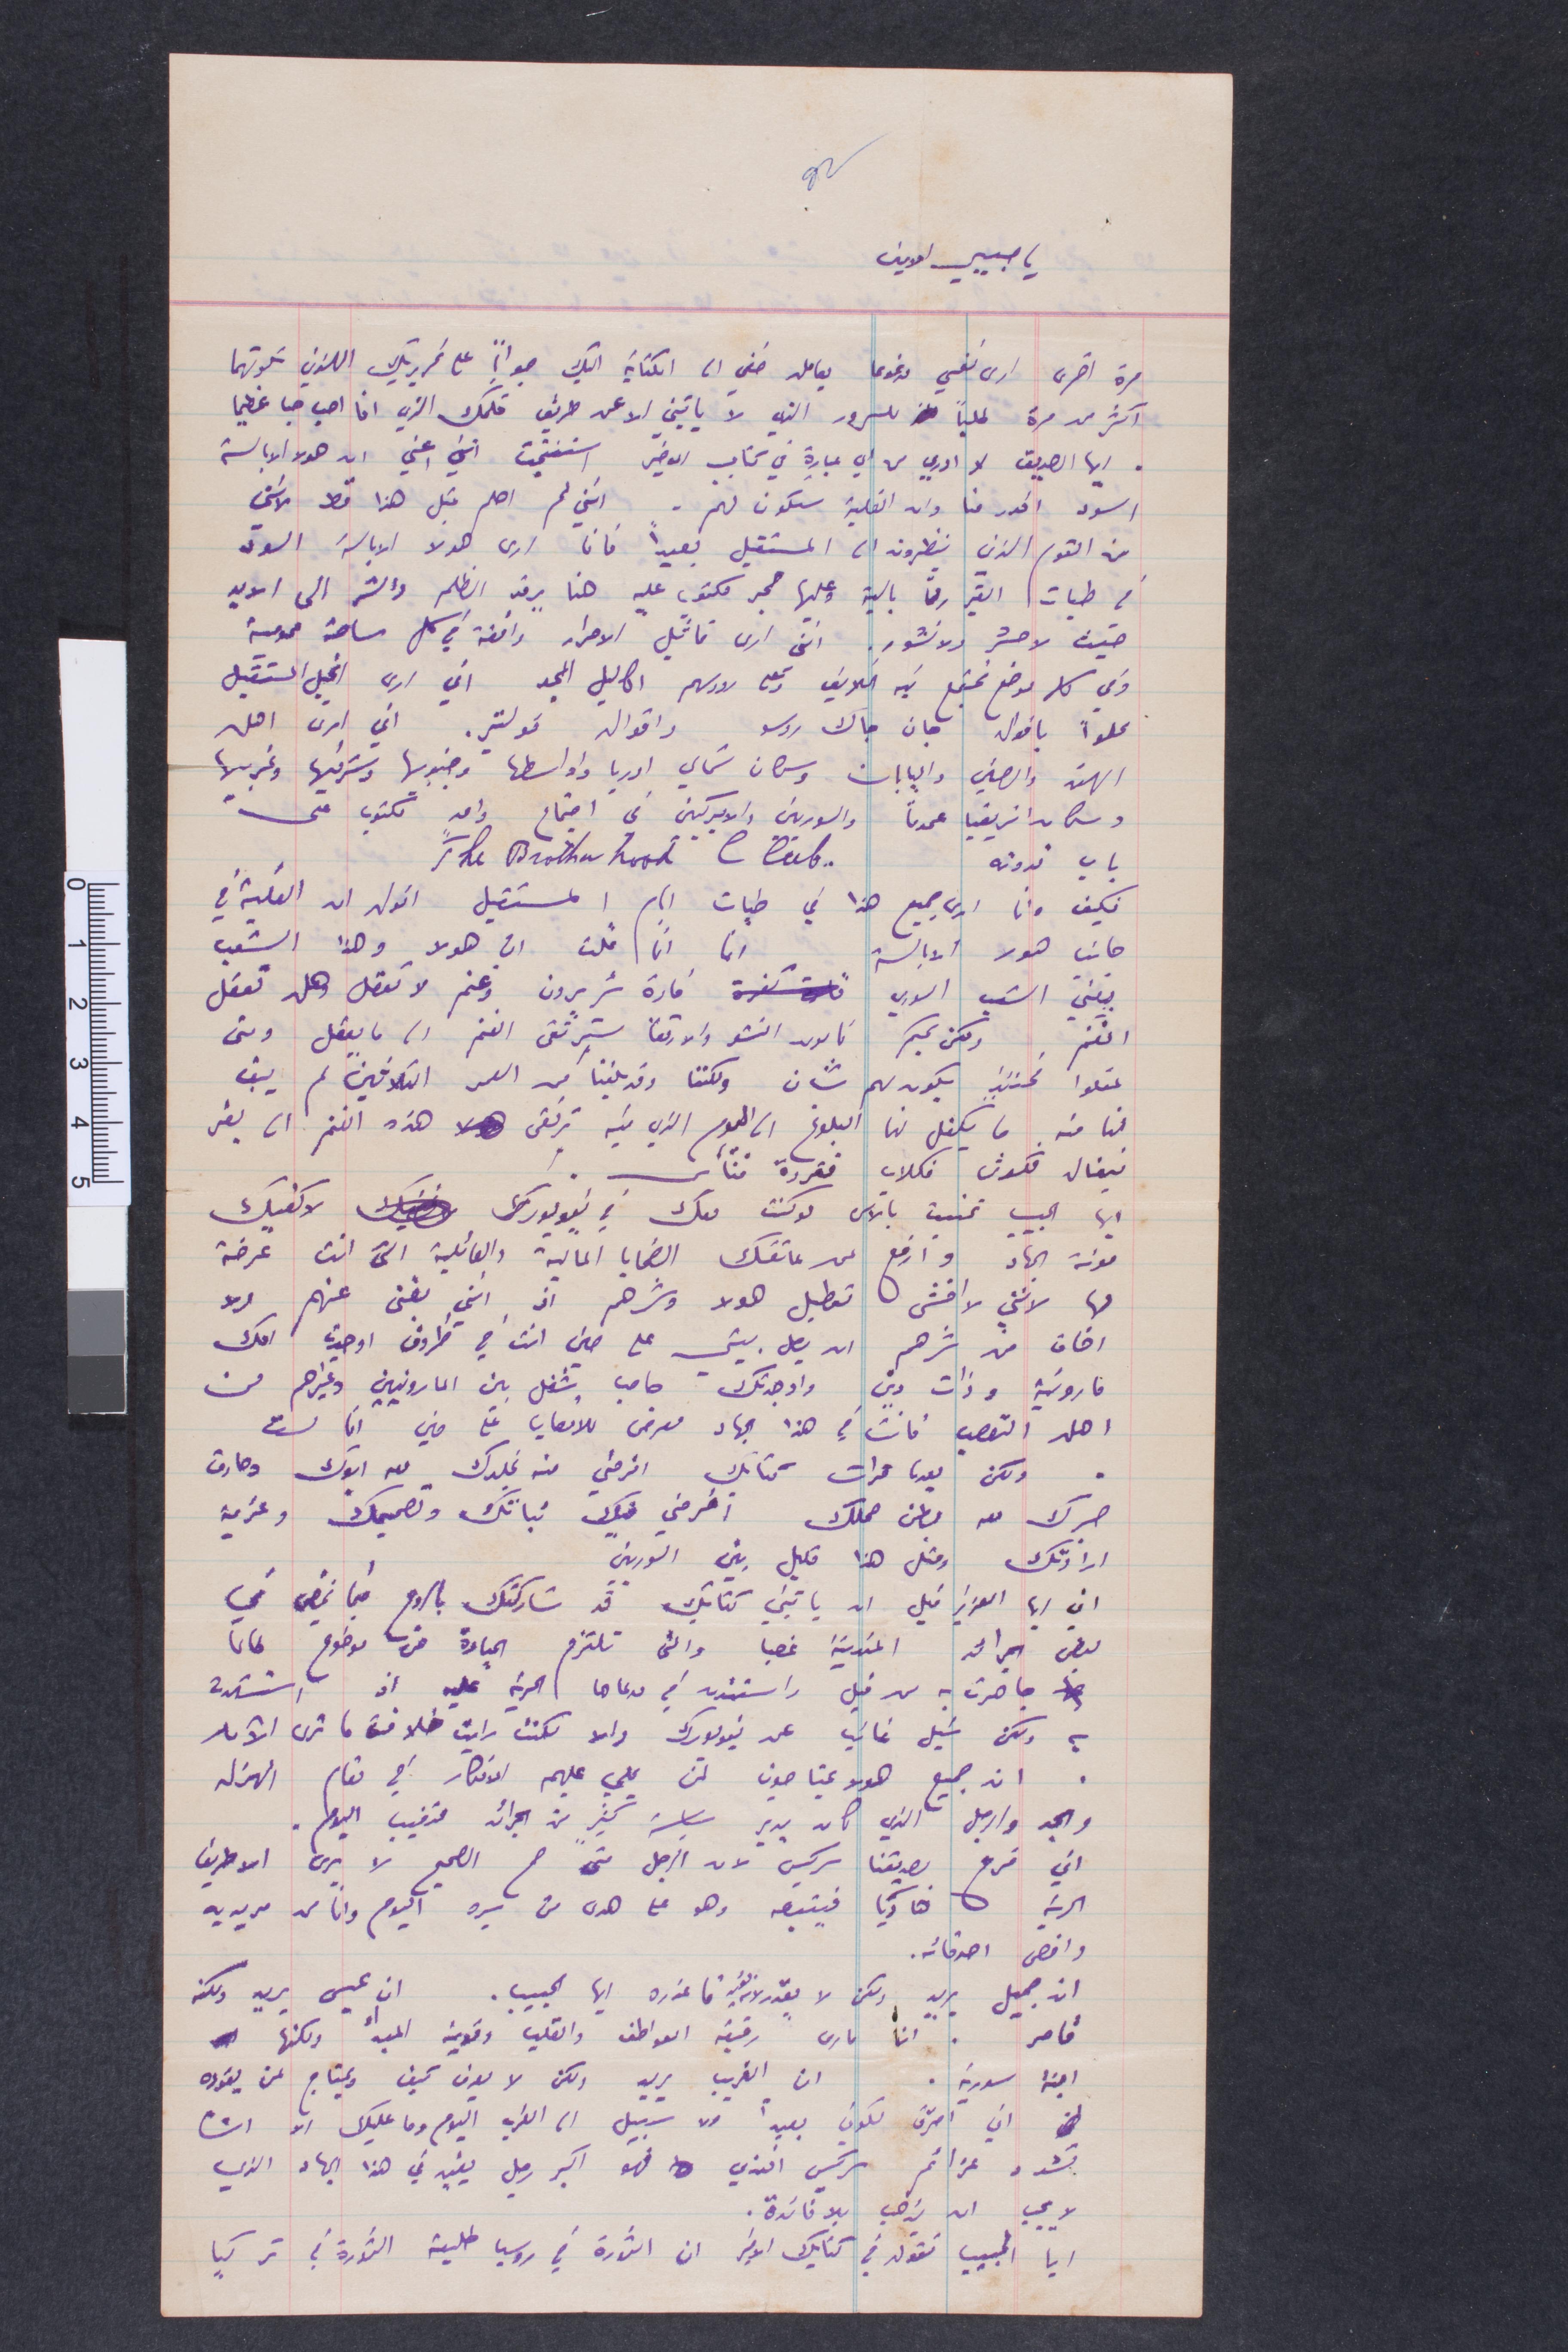
يا حبيبي امين
مرة أخرى أرى نفسي مرغومًا يعامله خفى الى الكتابة اليك جوابًا على تحريريك اللذين تلوتهما
اكثر من مرة طلبًا للسرور الذي لا يأتيني الا عن طريق قلمك الذي انا احب حبًا عظيمًا
أيها الصديق لا ادري من أي عبارة في كتابي الأخير استنتجت انني اعني ان صوت الابالسة
السود اقدر منا وان الغلبة ستكون لهم. انني لم احلم قبل هذا قط لاني
من القوم الذين ينظرون الى المستقبل بعيدًا فانا أرى صوت الابالسة السود
في طيات الغير رقمًا بالية عليها حجر مكتوب عليه هنا يرقد الظلم والشر الى الابد
حيث لا حشر ولا نشور. انني أرى تماثيل الاحرار واقفة في كل ساحة عمومية
وفي كل موضع يجتمع فيه السلايف وتضع لاجلهم أكاليل المجد اني أرى انجيل المستقبل
متلوًا باقوال جان جاك روسو واقوال فولتير. اني أرى أهل
الهند والصين واليابان وسكان شمالي اوربا واوسطها وجنوبها وشرقيها وغربيها
وسكان افريقيا عمومًا والسورييين والأميركيين في اجتماع واحد مكتوب على
باب ندوته
فكيف وانا أرى جميع هذا في طيات أيام المستقبل أقول ان الغلبة في
جانب ضوت الابالسة. انما انا قلت ان هولا. وهذا الشعب
يبني الشعب السوري قادة شريرون وغنم لا تعقل وهل تعقل
الغنم. ولكن بحكم ناموس النشو والارتقا سترتقي الغنم الى ما يعقل ومتى
عقلوا حينئذ يكون لهم شأن ولكننا وقد بلغنا من العمر الثلاثين لم يبق
لنا منه ما يكفل لنا البلوغ الى اليوم الذي فيه ترتقي هذه الغنم ان يفر
فبغال فكدش فكلاب فقردة فناس.
أيها الحبيب تمنيت بالأمس لو كنت معك في نيويورك. لاكفيك
مؤنة الجهاد وارفع عن عاتقك الضحايا المالية والعائلية التي انت عرضة
لها لانني لا اخشى تعطيل هؤلاء وشرهم اذ انت بغنى عنهم ولا
أخاف من شرهم ان يصل بيتي على ظني انت في ظروف اوجدت امك
مارونية وذات دين واوجدتك حاجب وشغل بين المارونيين وغيرهم من
اهل التعصب فانت في هذا الجهاد معرض للاعصاب في حين انا لست
ولكن بعدما قرات كتابك افرحني منه تجلدك معه ابوك وحارث
افرحني فيك ثباتك وتصميمك وعزيمة
حرك معه بطن حملك
ارادتكم ومثل هذا قليل بين السوريين
ومثل هذا
اني أيها العزيز قبل ان ياتيني كتابك قد شاركتك بالروح فيما نمضي في
بعض الجرائد المتدينة غصبا والتي تلتزم الحيادة عن موضوع طالما
جاهرت به من قبل واستندت في مدعاها الحرية عليه اذ استشهده
لكن شيل غائبا عن نيويورك والا لكنت رايت خلاف ما ترى الآن
ان جميع هولاء يحتاجون لمن يملي عليهم الأفكار في مقام المهزلة
والجد والرجل الذي كان يدير سياسة كثير من الجرائد متغيب اليوم.
اني فرح بصديقنا سركيس لان الرجل متى ضمر الصحيح لا يرى الا طريق
الحرية هاديا فيتبعه وهو على هدى من سيره اليوم وانا من مؤيديه
واقصى أصدقائه
ابن عيسى يريد ولكنه
انه جميل يريد ولكن لا يقدر لان ... فاعذره أيها الحبيب.
قاصر. ان ماري رقيق العواطف والقلب وقوية المبدأ ولكنها
ابنة سوريا. ان الغريب يريد ولكن لا يعرف كيف ويحتاج لمن يقوده
اني احترق لكوني بعيدًا ولا سبيل الى الغربة اليوم وما عليك الا ان
تشد عزائم سركيس افندي فهو اكبر رجل يفيد في هذا الجهاد الذي
لا يجب ان يذهب بلا فائدة.
أيا الحبيب تقول في كتابك الأخير ان الثورة في روسيا حليفة الثورة في تركيا